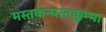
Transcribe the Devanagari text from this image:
मस्तकन्यस्तकुम्भा